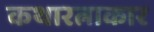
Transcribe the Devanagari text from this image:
कथारत्नाकार